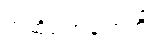
အဆိုပါအချက်ကို